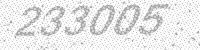
Solution: 233005